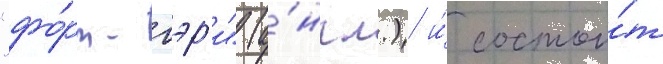
"фо́рт-гэр'и" (а́нгл.) и́ состои́т